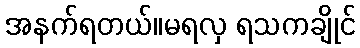
အနက်ရတယ်။မရလှ ရသကချိုင်